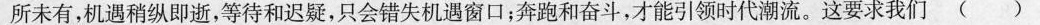
所未有，机遇稍纵即逝，等待和迟疑，只会错失机遇窗口；奔跑和奋斗，才能引领时代潮流。这要求我们()